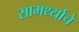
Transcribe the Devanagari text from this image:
सामर्थ्याचे